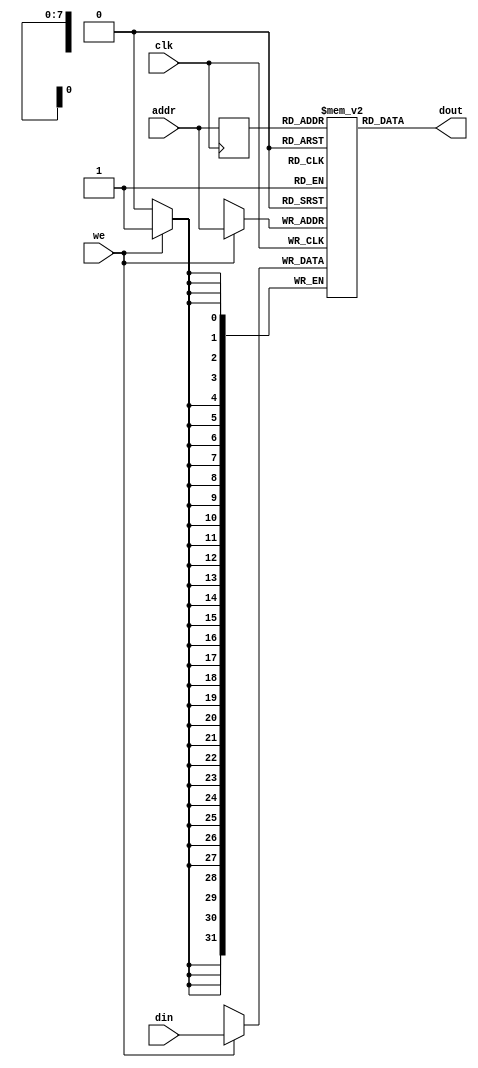
module ram
    #(
      parameter ADDR_WIDTH = 8,
                DATA_WIDTH = 32,
                INIT_FILE = ""
    )
    (
     input wire clk, 
     input wire we,
     input wire [ADDR_WIDTH-1:0] addr,
     input wire [DATA_WIDTH-1:0] din,
     output wire [DATA_WIDTH-1:0] dout
    );

    // signal declaration
    reg [DATA_WIDTH-1:0] ram [2**ADDR_WIDTH-1:0];
    reg [ADDR_WIDTH-1:0] addr_reg;

    // body
    always @(posedge clk)
    begin
        if (we)     // write operation
            ram[addr] <= din;
        addr_reg <= addr;
    end
    // read operation (synchronous)
    assign dout = ram[addr_reg];
    // initial data
    generate if(INIT_FILE != "") 
    initial
        $readmemh(INIT_FILE, ram);
    endgenerate

endmodule